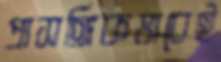
প্রাসঙ্গিকভাবেই